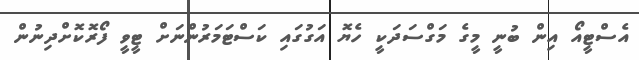
އެސްޓީއޯ އިން ބުނީ މީގެ މަގްސަދަކީ ހެޔޮ އަގުގައި ކަސްޓަމަރުންނަށް ޓީވީ ފޯރޮކޮށްދިނުން